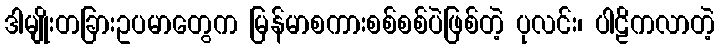
ဒါမျိုးတခြားဥပမာတွေက မြန်မာစကားစစ်စစ်ပဲဖြစ်တဲ့ ပုလင်း၊ ပါဠိကလာတဲ့